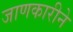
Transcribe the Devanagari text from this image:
जाणकारीने